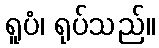
ရူပံ၊ ရုပ်သည်။